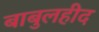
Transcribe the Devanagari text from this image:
बाबुलहीद